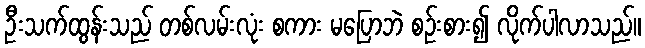
ဦးသက်ထွန်းသည် တစ်လမ်းလုံး စကား မပြောဘဲ စဉ်းစား၍ လိုက်ပါလာသည်။